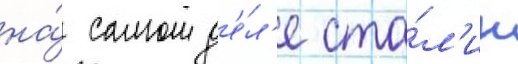
на́ самом д'е́л'е ста́л'ин